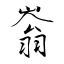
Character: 嵡